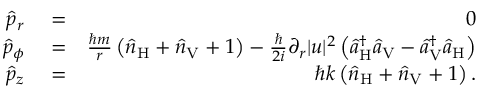
\begin{array} { r l r } { \hat { p } _ { r } } & { { } = } & { 0 } \\ { \hat { p } _ { \phi } } & { { } = } & { \frac { \hbar m } { r } \left( \hat { n } _ { \mathrm { H } } + \hat { n } _ { \mathrm { V } } + 1 \right) - \frac { \hbar } { 2 i } \partial _ { r } | u | ^ { 2 } \left( \hat { a } _ { \mathrm { H } } ^ { \dagger } \hat { a } _ { \mathrm { V } } - \hat { a } _ { \mathrm { V } } ^ { \dagger } \hat { a } _ { \mathrm { H } } \right) } \\ { \hat { p } _ { z } } & { { } = } & { \hbar k \left( \hat { n } _ { \mathrm { H } } + \hat { n } _ { \mathrm { V } } + 1 \right) . } \end{array}